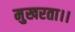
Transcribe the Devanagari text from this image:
मुखरता।।